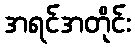
အရင်အတိုင်း